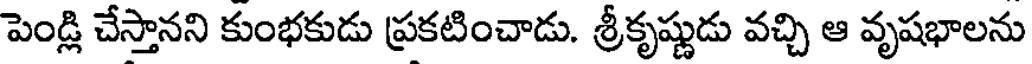
పెండ్లి చేస్తానని కుంభకుడు ప్రకటించాడు. శ్రీకృష్ణుడు వచ్చి ఆ వృషభాలను